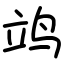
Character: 𫁡